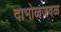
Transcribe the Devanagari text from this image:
दाभोळजवळ